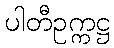
ပါတီဥက္ကဋ္ဌ